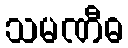
သမဏီဓ